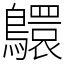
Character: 䴋